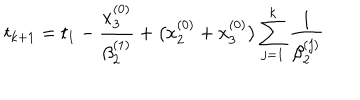
LaTeX: t _ { k + 1 } = t _ { 1 } - \frac { x _ { 3 } ^ { ( 0 ) } } { \beta _ { 2 } ^ { ( 1 ) } } + \bigl ( x _ { 2 } ^ { ( 0 ) } + x _ { 3 } ^ { ( 0 ) } \bigr ) \sum _ { j = 1 } ^ { k } \frac { 1 } { \beta _ { 2 } ^ { ( j ) } }